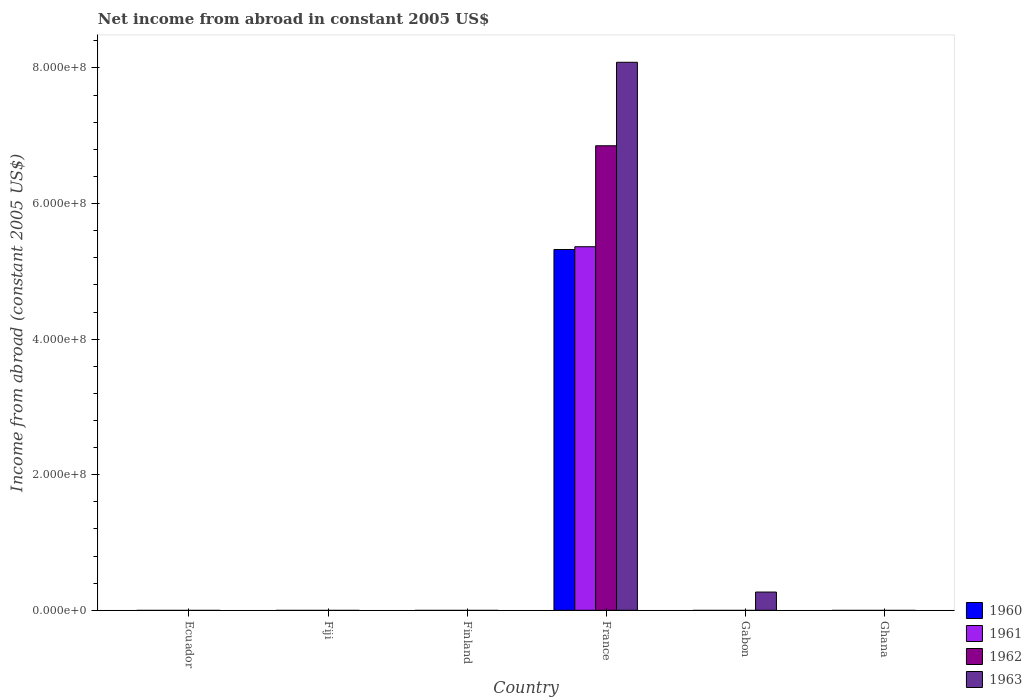
| Country | 1960 | 1961 | 1962 | 1963 |
 | --- | --- | --- | --- | --- |
 | Ecuador | -2.6e+07 | -2.78e+07 | -2.39e+07 | -1.78e+07 |
 | Fiji | -4.28e+06 | -4.41e+06 | -4.79e+06 | -6.67e+06 |
 | Finland | -1.52e+06 | -5.4e+06 | -1.19e+07 | -2.02e+07 |
 | France | 5.32e+08 | 5.36e+08 | 6.85e+08 | 8.08e+08 |
 | Gabon | -6.68e+06 | -8.61e+06 | -1.15e+07 | 2.69e+07 |
 | Ghana | -1.4e+07 | -1.96e+07 | -1.4e+07 | -2.52e+07 |